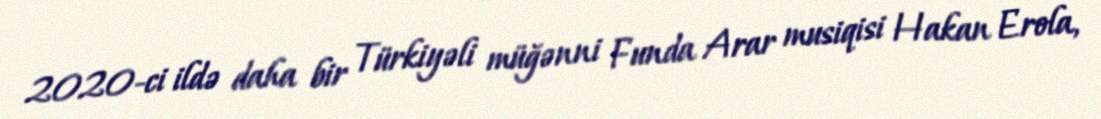
2020-ci ildə daha bir Türkiyəli müğənni Funda Arar musiqisi Hakan Erola,